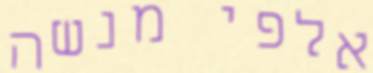
אלפי מנשה